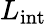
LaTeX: L_{\mathrm{int}}